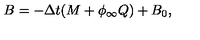
B = - \Delta t ( M + \phi _ { \infty } Q ) + B _ { 0 } ,